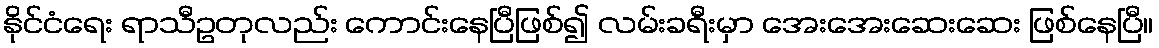
နိုင်ငံရေး ရာသီဥတုလည်း ကောင်းနေပြီဖြစ်၍ လမ်းခရီးမှာ အေးအေးဆေးဆေး ဖြစ်နေပြီ။